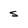
Character: s